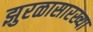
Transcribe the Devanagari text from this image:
झुरळासारख्या